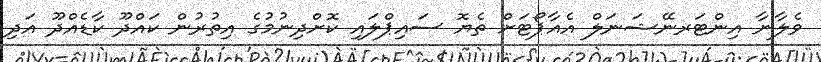
ވެލާނާ އިންޓަރނޭޝަނަލް އެއާޕޯޓަށް ތެޔޮ ސައިޕްލައި ކޮށްދިނުމުގެ އިތުރުން ކައްދޫ ކާޑެއްދޫ އަދި